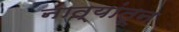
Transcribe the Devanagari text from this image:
नात्यांतून